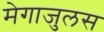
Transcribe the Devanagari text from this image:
मेगाजुलस